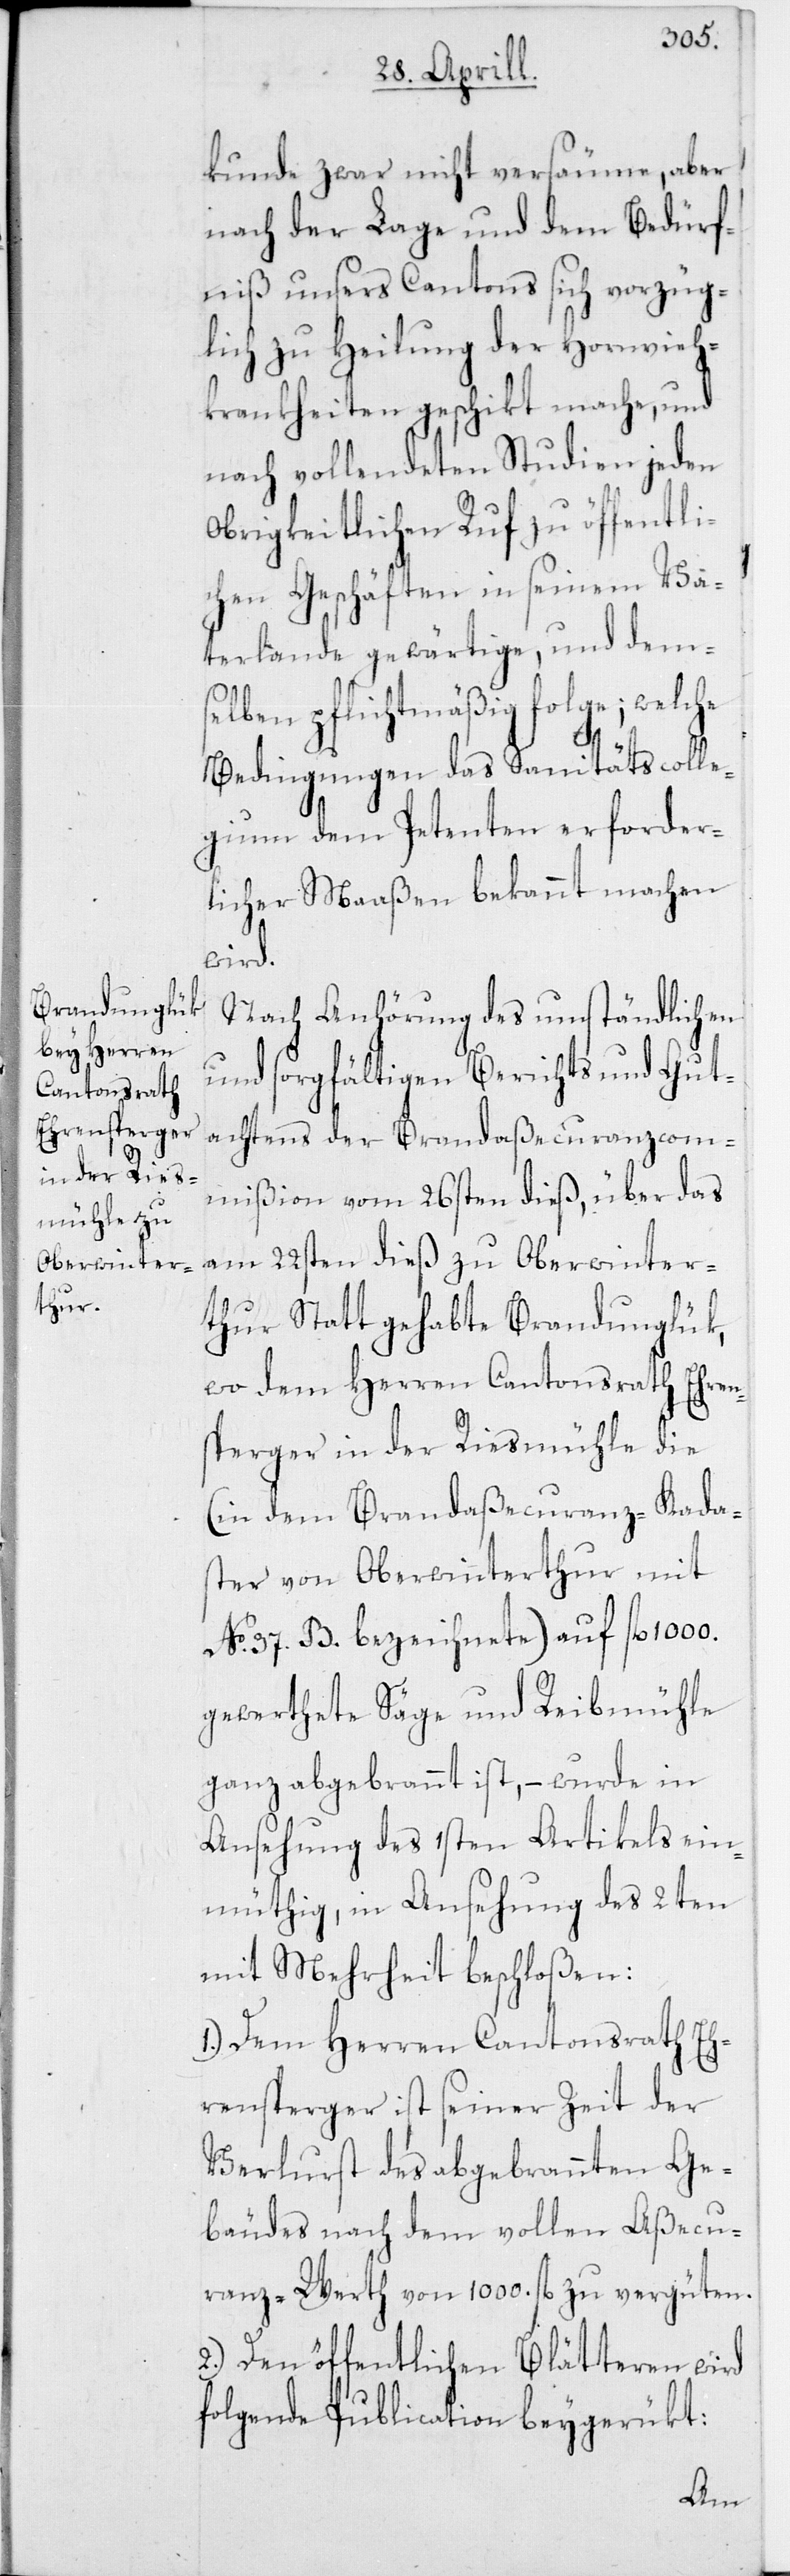
kunde zwar nicht versäume, aber
nach der Lage und dem Bedürf¬
niß unsers Cantons sich vorzüg¬
lich zu Heilung der Hornvieh-K¬
rankheiten geschikt mache, und
nach vollendeten Studien jeden
Obrigkeitlichen Ruf zu öffentli¬
chen Geschäften in seinem Va¬
terlande gewärtige, und dems¬
elben pflichtmäßig folge; welche
Bedingungen das Sanitätscolle¬
gium dem Petenten erforder¬
licher Maaßen bekannt machen
wird.
Nach Anhörung des umständlichen
und sorgfältigen Berichts und Gut¬
achtens der Brandaßecuranzcom¬
mißion vom 26sten dieß, über das
am 22sten dieß zu Oberwinter¬
thur Statt gehabte Brandunglük,
wo dem Herren Cantonsrath Ehren¬
sperger in der Riesmühle die
(in dem Brandaßecuranz-Kada¬
ster von Oberwinterthur mit
No 37. B. bezeichnete) auf fl. 1000.
gewerthete Säge und Reibmühle
ganz abgebrannt ist, – wurde in
Ansehung des 1sten Artikels ein¬
müthig, in Ansehung des 2ten
mit Mehrheit beschloßen:
1. Dem Herren Cantonsrath Eh¬
rensprerger ist seiner Zeit der
Verlurst des abgebrannten Ge¬
bäudes nach dem vollen Aßecu¬
ranz-Werth von 1000. fl. zu vergüten.
2. Den öffentlichen Blätteren wird
folgende Publication beygerükt: